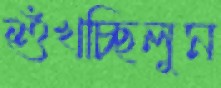
শুঁখচ্ছিলুম